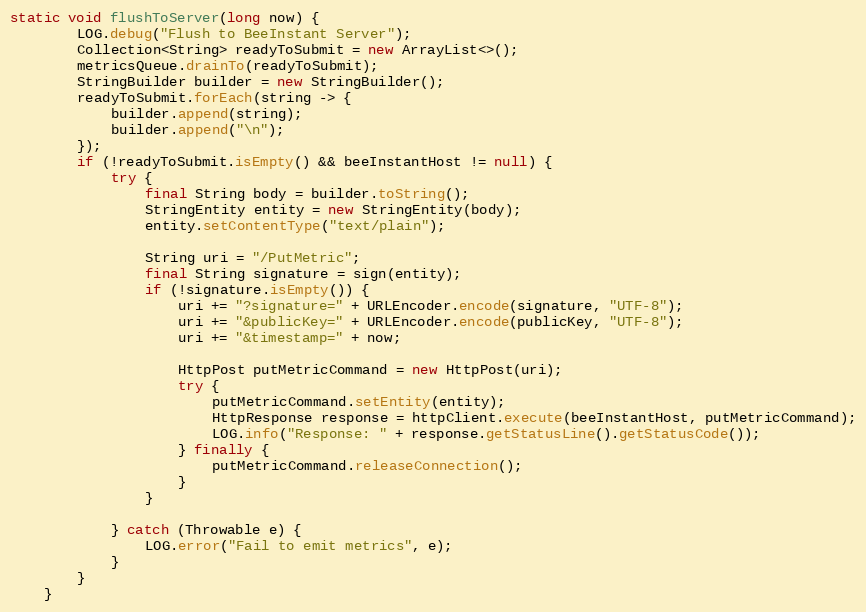
Language: Java
static void flushToServer(long now) {
        LOG.debug("Flush to BeeInstant Server");
        Collection<String> readyToSubmit = new ArrayList<>();
        metricsQueue.drainTo(readyToSubmit);
        StringBuilder builder = new StringBuilder();
        readyToSubmit.forEach(string -> {
            builder.append(string);
            builder.append("\n");
        });
        if (!readyToSubmit.isEmpty() && beeInstantHost != null) {
            try {
                final String body = builder.toString();
                StringEntity entity = new StringEntity(body);
                entity.setContentType("text/plain");

                String uri = "/PutMetric";
                final String signature = sign(entity);
                if (!signature.isEmpty()) {
                    uri += "?signature=" + URLEncoder.encode(signature, "UTF-8");
                    uri += "&publicKey=" + URLEncoder.encode(publicKey, "UTF-8");
                    uri += "&timestamp=" + now;

                    HttpPost putMetricCommand = new HttpPost(uri);
                    try {
                        putMetricCommand.setEntity(entity);
                        HttpResponse response = httpClient.execute(beeInstantHost, putMetricCommand);
                        LOG.info("Response: " + response.getStatusLine().getStatusCode());
                    } finally {
                        putMetricCommand.releaseConnection();
                    }
                }

            } catch (Throwable e) {
                LOG.error("Fail to emit metrics", e);
            }
        }
    }